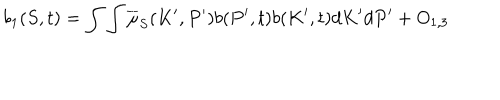
LaTeX: b _ { 1 } ( S , t ) = \int \int \overline { { { \mu } } } _ { S } ( K ^ { \prime } , P ^ { \prime } ) b ( P ^ { \prime } , t ) b ( K ^ { \prime } , t ) d K ^ { \prime } d P ^ { \prime } + O _ { 1 , 3 }